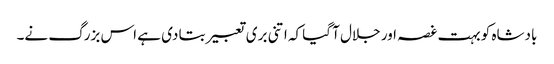
بادشاہ کو بہت غصہ اور جلال آ گیا کہ اتنی بری تعبیر بتا دی ہے اس بزرگ نے۔